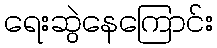
ရေးဆွဲနေကြောင်း